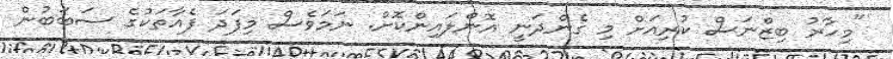
"މިހާރު ބިޒްނަސް ކުރިއަށް މި ގެންދަނީ އޮންލައިންކޮށް. ނަމަވެސް މިފަދަ ފެއާތަކުގެ ސަބަބުން